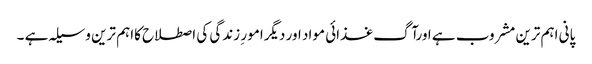
پانی اہم ترین مشروب ہے اورآگ غذائی مواد اور دیگرامور ِ زندگی کی اصطلاح کااہم ترین وسیلہ ہے ۔